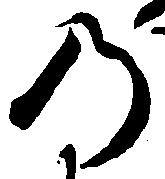
の